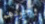
وجودهم